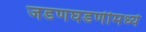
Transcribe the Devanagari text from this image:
जडणघडणीमध्ये